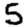
Digit: 5